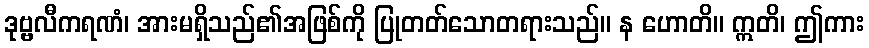
ဒုဗ္ဗလီကရဏံ၊ အားမရှိသည်၏အဖြစ်ကို ပြုတတ်သောတရားသည်။ န ဟောတိ။ ဣတိ၊ ဤကား